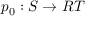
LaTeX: p _ { 0 } : S \rightarrow R T